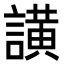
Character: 𮘺